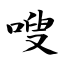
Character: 嗖